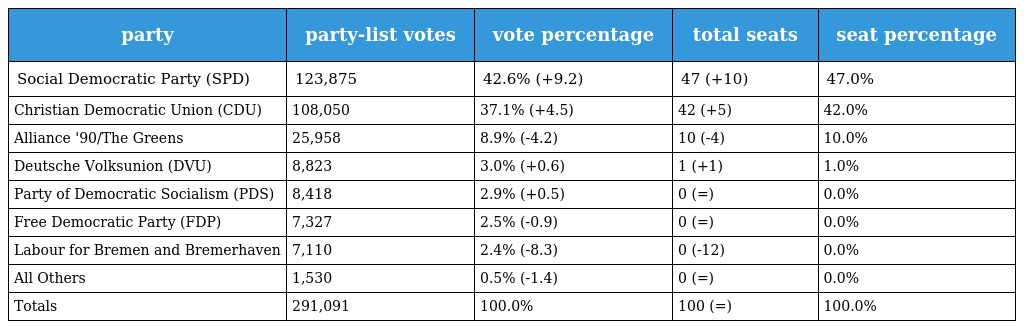
| party | party-list votes | vote percentage | total seats | seat percentage |
 | --- | --- | --- | --- | --- |
 | Social Democratic Party (SPD) | 123,875 | 42.6% (+9.2) | 47 (+10) | 47.0% |
 | Christian Democratic Union (CDU) | 108,050 | 37.1% (+4.5) | 42 (+5) | 42.0% |
 | Alliance '90/The Greens | 25,958 | 8.9% (-4.2) | 10 (-4) | 10.0% |
 | Deutsche Volksunion (DVU) | 8,823 | 3.0% (+0.6) | 1 (+1) | 1.0% |
 | Party of Democratic Socialism (PDS) | 8,418 | 2.9% (+0.5) | 0 (=) | 0.0% |
 | Free Democratic Party (FDP) | 7,327 | 2.5% (-0.9) | 0 (=) | 0.0% |
 | Labour for Bremen and Bremerhaven | 7,110 | 2.4% (-8.3) | 0 (-12) | 0.0% |
 | All Others | 1,530 | 0.5% (-1.4) | 0 (=) | 0.0% |
 | Totals | 291,091 | 100.0% | 100 (=) | 100.0% |